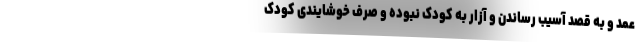
عمد و به قصد آسیب رساندن و آزار به کودک نبوده و صرف خوشایندی کودک